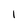
Character: l